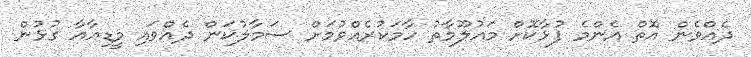
ދެއްވެން އޮތް އެންމެ ފުޅާކޮށް މައުލޫމާތު ހާމަކުރެއްވުމަށް ސަމާލުކަން ދެއްވައި މީޑިއާއާ ގުޅުން